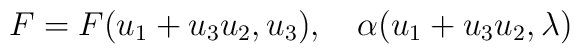
F=F(u_1+u_3u_2,u_3),\quad \alpha(u_1+u_3u_2,\lambda)